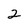
Character: 2